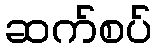
ဆက်စပ်